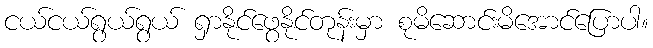
ငယ်ငယ်ရွယ်ရွယ် ရှာနိုင်ဖွေနိုင်တုန်းမှာ စုမိဆောင်းမိအောင်ပြောပါ။